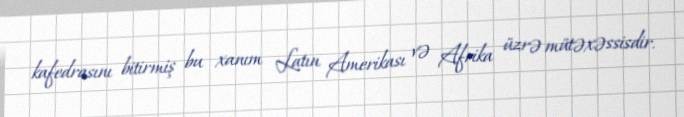
kafedrasını bitirmiş bu xanım Latın Amerikası və Afrika üzrə mütəxəssisdir.